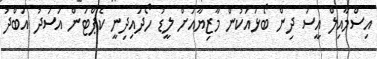
އިސްމާއިލް އީސަ ދިން ބޯޅައަކުން މާޒިޔާއަށް ލީޑު ހޯދައިދިނީ ކެޕްޓަން އަސަދު އަބްދު